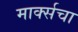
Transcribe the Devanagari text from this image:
मार्क्सचा